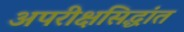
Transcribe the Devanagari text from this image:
अपरीक्षसिद्धांत